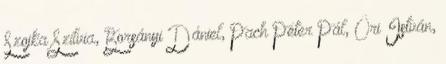
Szojka Szílvia, Borsányi Dániel, Pach Péter Pál, Őri István,